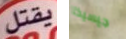
يقتل جيسيكا